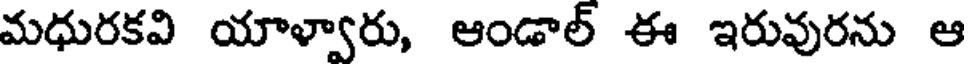
మధురకవి యాళ్వారు, ఆండాల్ ఈ ఇరువురను ఆ